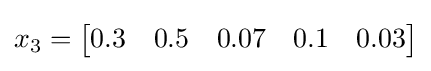
x_{3}={\begin{bmatrix}0.3&0.5&0.07&0.1&0.03\end{bmatrix}}